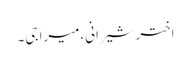
اختر شیرانی،میرا جی۔